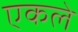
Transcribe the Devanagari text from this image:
एकले